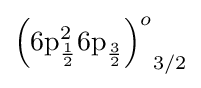
{{\left({\text{6p}}_{\frac {1}{2}}^{2}{\text{6p}}_{\frac {3}{2}}^{}\right)}^{o}}_{3/2}